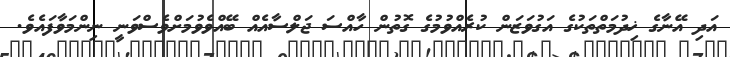
އަދި އޭނާގެ ޚިދުމަތްތަކުގެ އަގުވަޒަން ކުރެއްވުމުގެ ގޮތުން ހާއްސަ ޖަލްސާއެއް ބޭއްވެވުމަށްވެސްވަނީ ނިންމަވާފައެވެ.